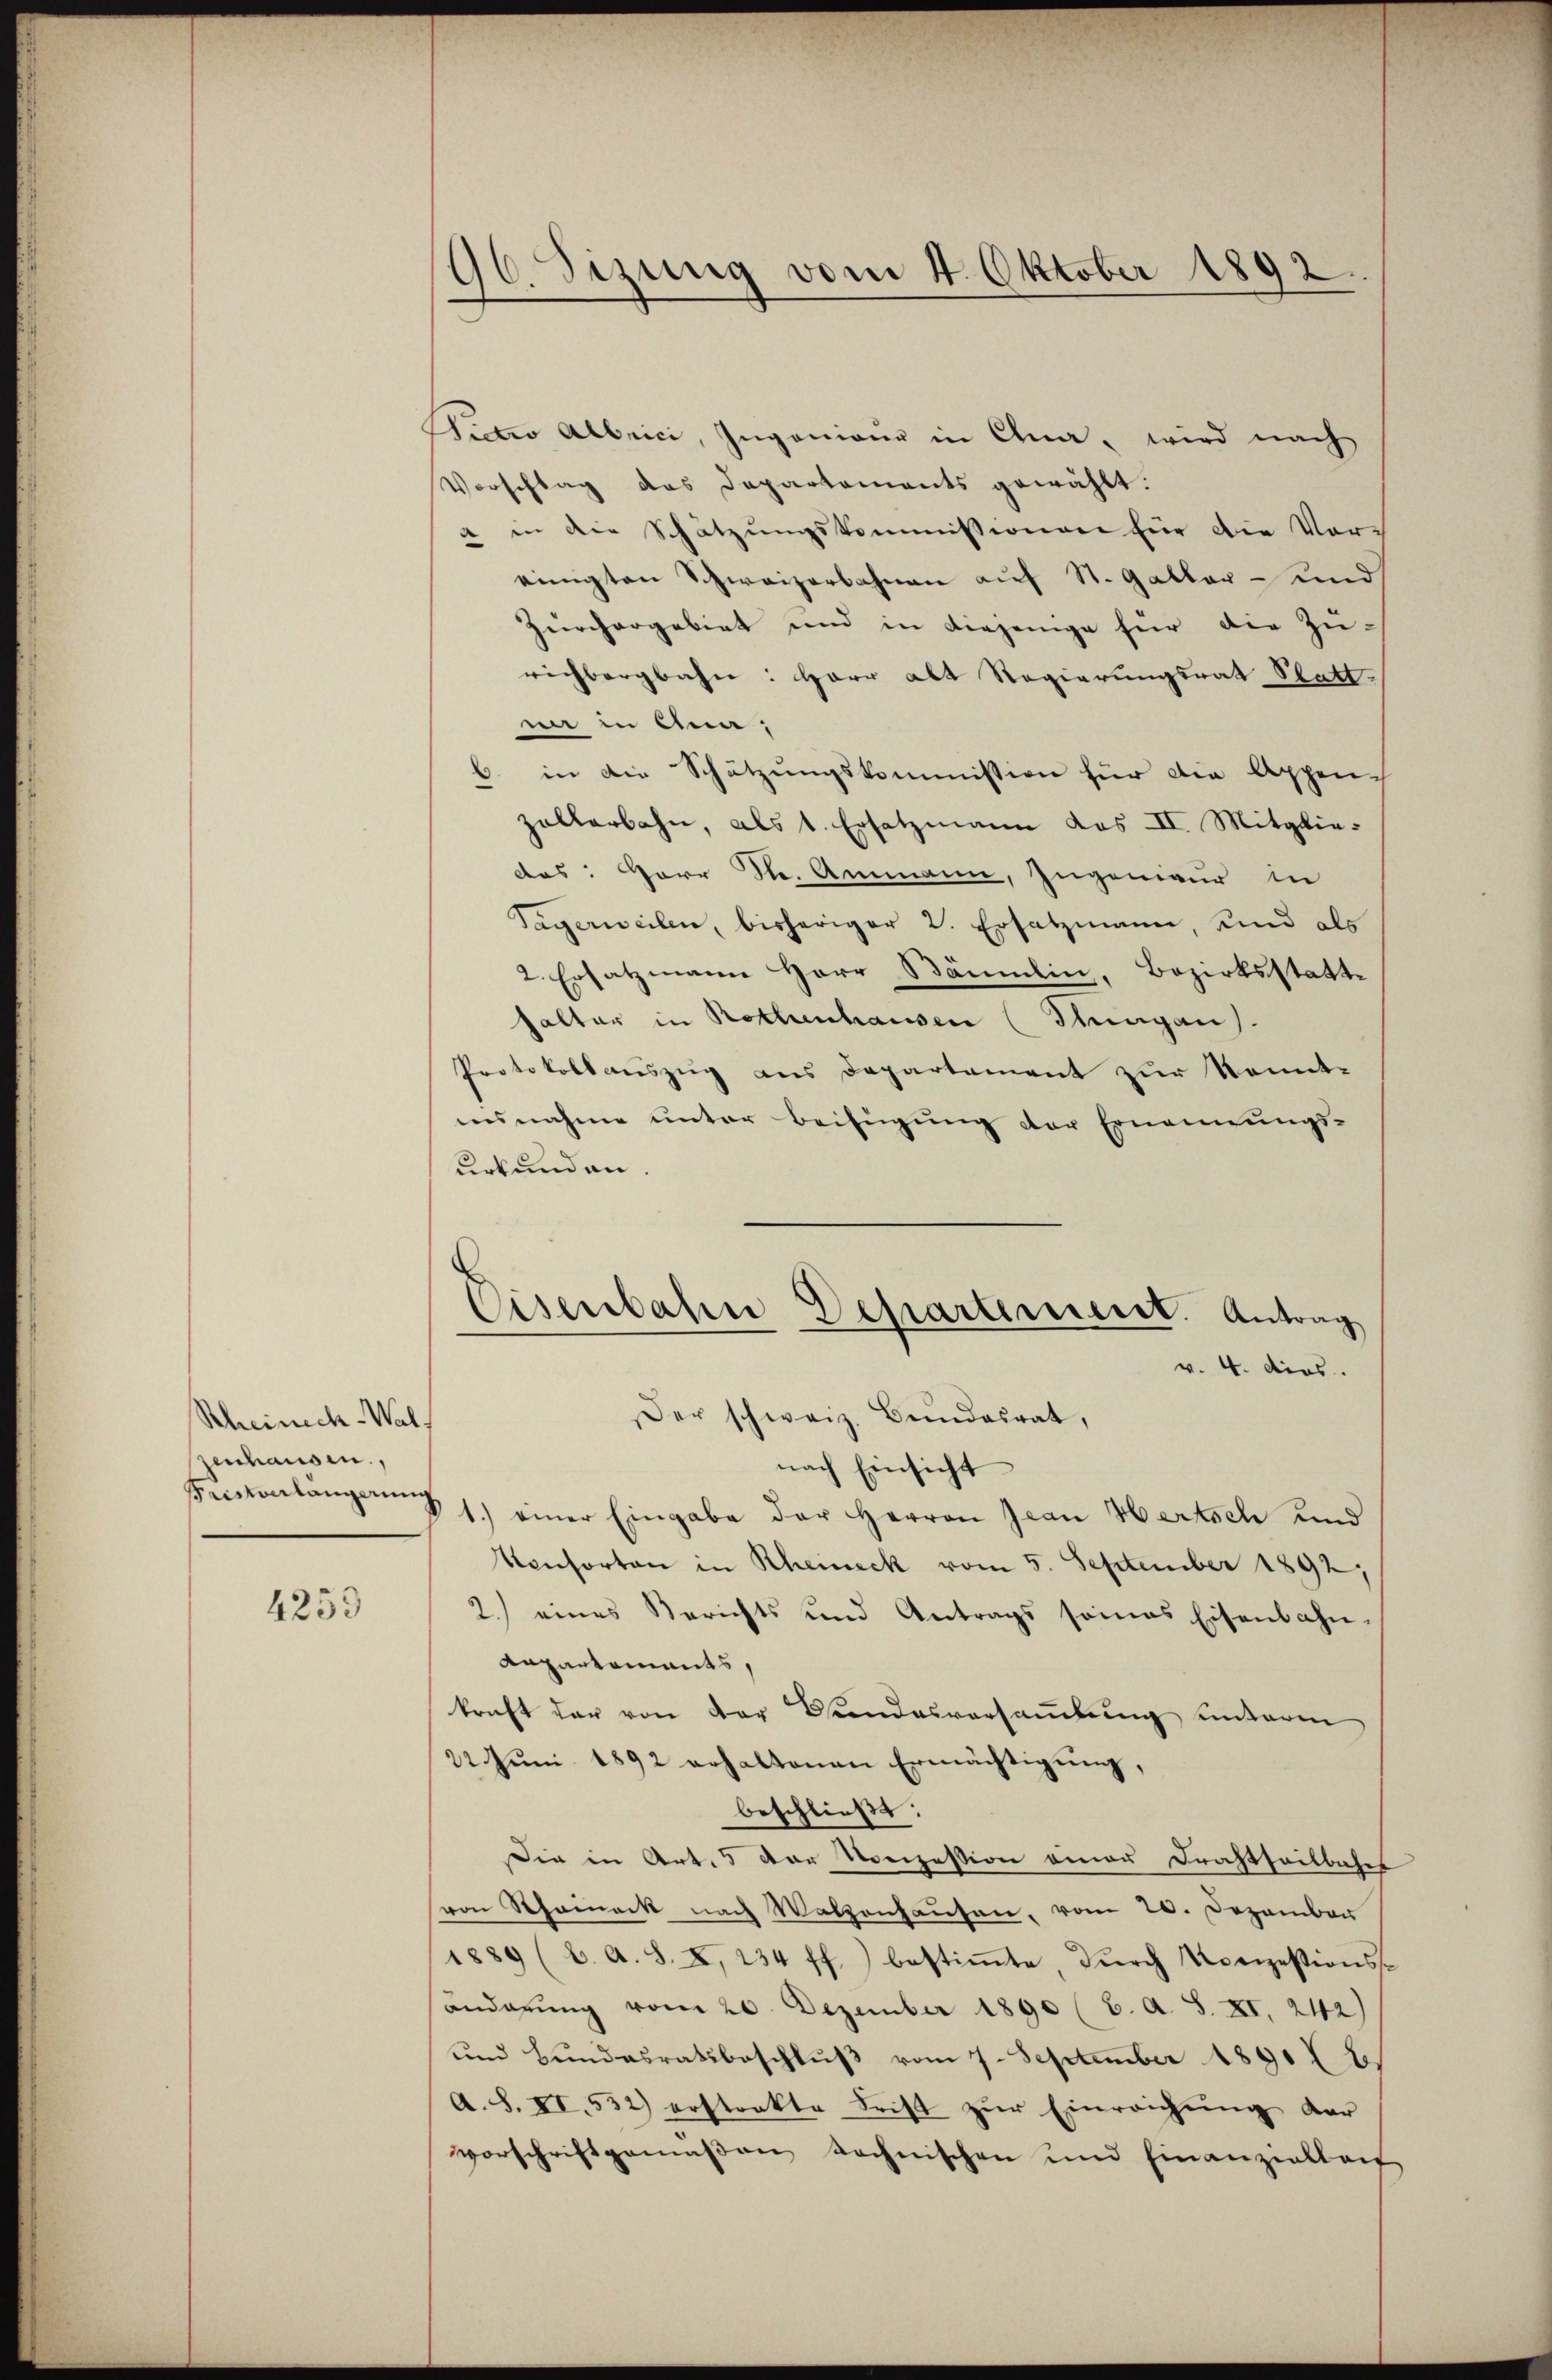
Rheinach-Wal.
zenhausen,
Fristonlängerung

4253

96. Sizung vom 4. Oktober 1892.

Bictio Albrici, Ingenieur in Clna, wird nach
Vorschlag das Departements gewählt.
a in die Schätzungskommissionen für die Vor-
einigten Schweizerbahnen auf St. Galler - und
Zürchergebiet und in diejenige für die Zürichbergbahn: Herr alt Regierungsrat Statt-
nie in Anna,
in die Schätzungskommission für die Appen-
.
zallerbahn, als 1. Ersatzmann das II. Mitgliedes: Herr Str. Ammann, Ingenieur in
Tägerweilen, bisheriger 2. Ersatzmann, Kind als
2. Ersatzmann Herr Bäumlin, Bezirksstatthalter in Rothenhausen (Surgau.
Protokollauszug aus Departement zur Kennteesnahme unter Beifügung der Ernennungs-
urkunden.
Eisenbahn Departement. Antrag
v. 4. dies
Der schweiz. Bundesrat,
nach Einsicht
1.) einer Eingabe der Herren Jean Hertsch und
Konsorten in Rheineck vom 5. September 1892,
2.) eines Berichts und Antrags seines Eisenbahn-
Rapartements,
kraft der von der Bundesversaṁlŭng unterm
22. Juni 1892 erhaltenen Ermächtigung,
beschließt:
Die in Art. 5 der Nonzession einer Drachtheilbahn
von Thomack nach Walzenhausen, vom 20. Dezember
1889 (2. A. S. I, 234 ff.) bestiṁte dŭrch Konzessions-
änderung vom 20. Dezember 1890 (6. A. S. XI. 242)
und Bŭndesratsbeschlŭβ vom 7. September 1891 b
A. S. XI. 532) erstrakte Frist zŭr Einreichung der
vorschriftgemäßen technischen und Finanzielleit